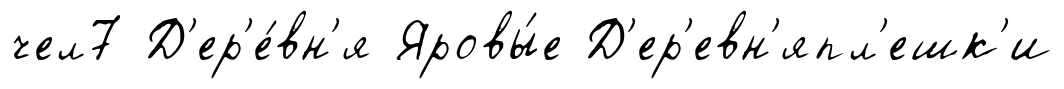
чел7 Д'ер'е́вн'я Яровы́е Д'ер'евн'япл'ешк'и